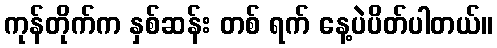
ကုန်တိုက်က နှစ်ဆန်း တစ် ရက် နေ့ပဲပိတ်ပါတယ်။